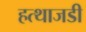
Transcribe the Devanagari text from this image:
हत्थाजडी